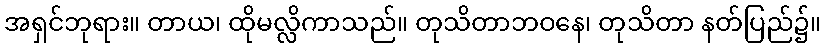
အရှင်ဘုရား။ တာယ၊ ထိုမလ္လိကာသည်။ တုသိတာဘဝနေ၊ တုသိတာ နတ်ပြည်၌။